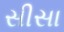
સીસા